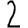
Digit: 2